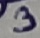
Text: 3